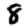
Digit: 8